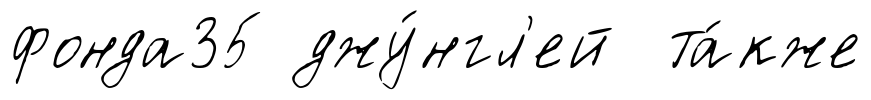
фонда35 джу́нгл'ей та́кже